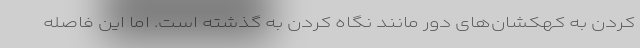
کردن به کهکشان‌های دور مانند نگاه کردن به گذشته است. اما این فاصله